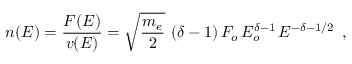
n ( E ) = \frac { F ( E ) } { v ( E ) } = \sqrt { \frac { m _ { e } } { 2 } } \, \, ( \delta - 1 ) \, { \cal F } _ { o } \, E _ { o } ^ { \delta - 1 } \, E ^ { - \delta - 1 / 2 } \, \, \, ,